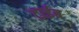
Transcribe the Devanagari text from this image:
ट्राईब